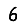
Digit: 6